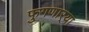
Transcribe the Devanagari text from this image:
फुगणार्‍या